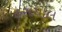
હરદયાલ